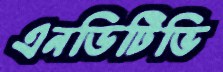
এনডিটিভি